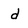
Character: d